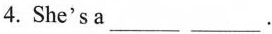
4.She's a___ ___.